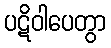
ပဋိဝါပေတွာ